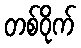
တစ်ဝိုက်